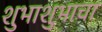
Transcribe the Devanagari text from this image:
शुभाशुभाचा